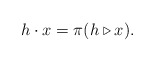
\begin{align*}h \cdot x = \pi(h \triangleright x).\end{align*}